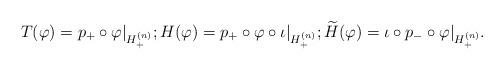
LaTeX: \begin{align*} T(\varphi) = p_+ \circ \varphi{|_{H_+^{(n)}} }; H(\varphi) = p_+ \circ \varphi \circ \iota{|_{H_+^{(n)}} }; \widetilde H(\varphi) = \iota\circ p_- \circ \varphi{|_{H_+^{(n)}} }.\end{align*}